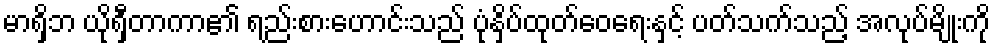
မာရှိဘ ယိုရှီတာကာ၏ ရည်းစားဟောင်းသည် ပုံနှိပ်ထုတ်ဝေရေးနှင့် ပတ်သက်သည့် အလုပ်မျိုးကို